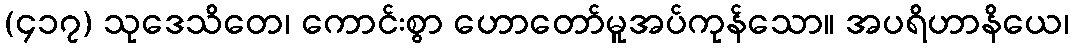
(၄၁၇) သုဒေသိတေ၊ ကောင်းစွာ ဟောတော်မူအပ်ကုန်သော။ အပရိဟာနိယေ၊